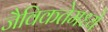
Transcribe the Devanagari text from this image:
जैविकतेमध्ये